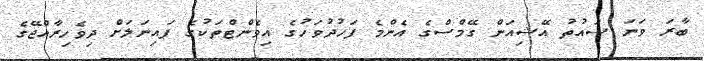
ބާރަ ވަނަ ސައުތު އޭޝިއަން ގޭމްސްގެ އެންމެ ފަހުދުވަހުގެ އިވެންޓްތަކުގެ ފައިނަލަށް ދިވެހިރާއްޖޭގެ